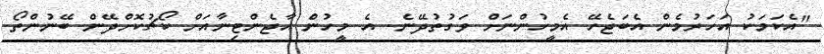
"އެކަމަކު އަހަރުމެން އެބަޖެހޭ އެމީހުންނަށް ވަގުތުދޭނެ. އެ މީހުން އާޖެންޓިނާއަށް ކޯޗުކޮށްދޭން ބޭނުންތޯ